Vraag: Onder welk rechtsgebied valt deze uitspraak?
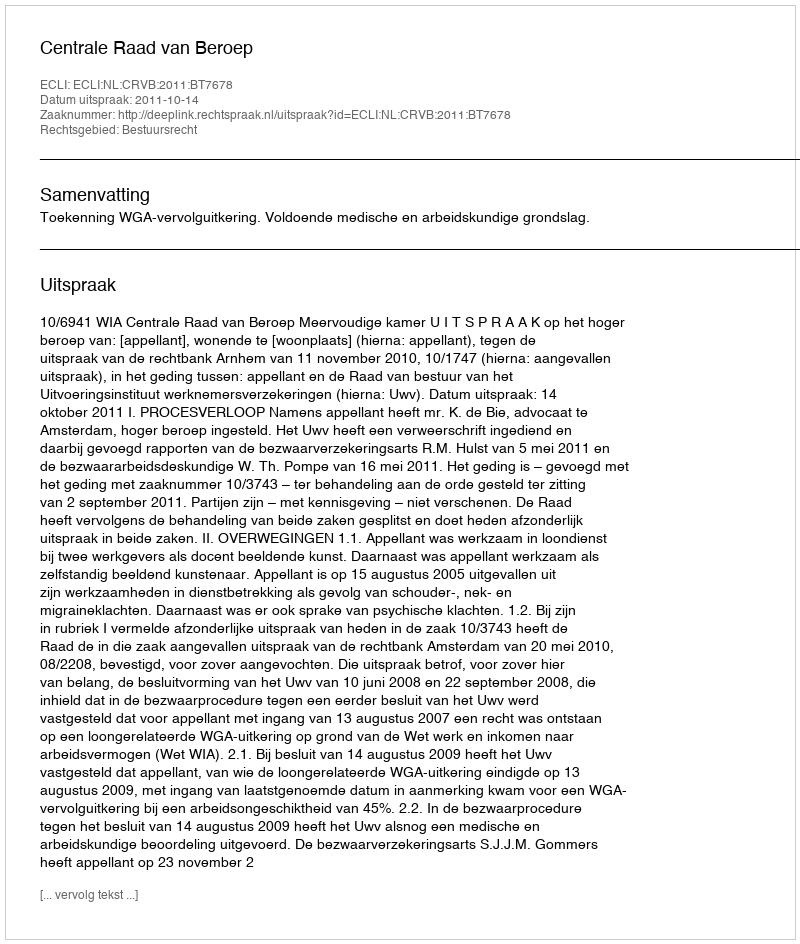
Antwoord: Bestuursrecht